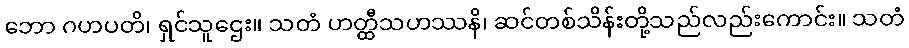
ဘော ဂဟပတိ၊ ရှင်သူဌေး။ သတံ ဟတ္ထီသဟဿနိ၊ ဆင်တစ်သိန်းတို့သည်လည်းကောင်း။ သတံ